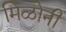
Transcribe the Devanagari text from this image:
मिळोनी